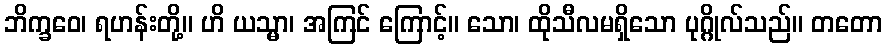
ဘိက္ခဝေ၊ ရဟန်းတို့။ ဟိ ယသ္မာ၊ အကြင် ကြောင့်။ သော၊ ထိုသီလမရှိသော ပုဂ္ဂိုလ်သည်။ တတော